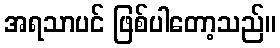
အရသာပင် ဖြစ်ပါတော့သည်။